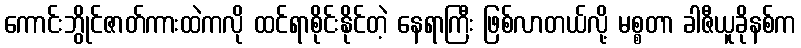
ကောင်းဘွိုင်ဇာတ်ကားထဲကလို ထင်ရာစိုင်းနိုင်တဲ့ နေရာကြီး ဖြစ်လာတယ်လို့ မစ္စတာ ခါဇီယူခိုနစ်က